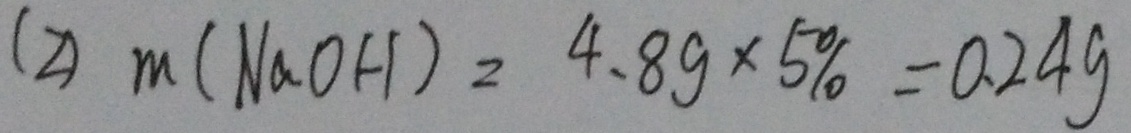
( 2 ) m ( N a O H ) _ { 2 } = 4 . 8 g \times 5 \% = 0 . 2 4 g